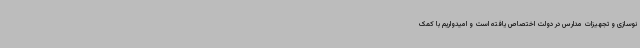
نوسازی و تجهیزات مدارس در دولت اختصاص یافته است و امیدواریم با کمک